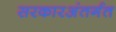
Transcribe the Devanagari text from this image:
सरकारअंतर्गत